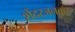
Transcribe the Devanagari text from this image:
शेंदरजनकर